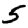
Digit: 5